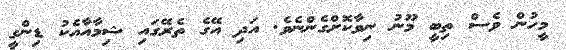
މީހުން ވެސް ތިބީ މޫނު ނިވާކޮށްގެންނެވެ. އަދި އޭގެ ތެރޭގައި ޝިމާއާއެކު ޑިންގީ